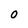
Character: O